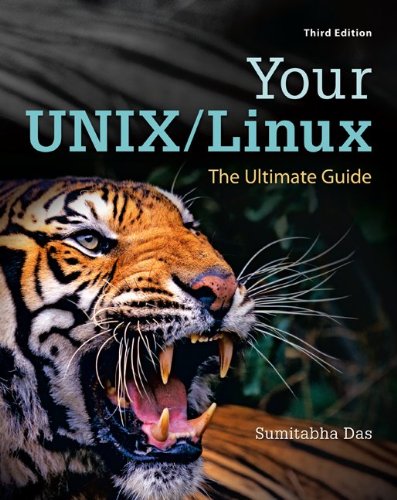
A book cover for Your UNIX/Linux: The Ultimate Guide; Sumitabha Das; Computers & Technology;